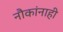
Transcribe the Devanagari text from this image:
नौकांनाही